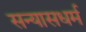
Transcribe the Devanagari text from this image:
सन्यासधर्म